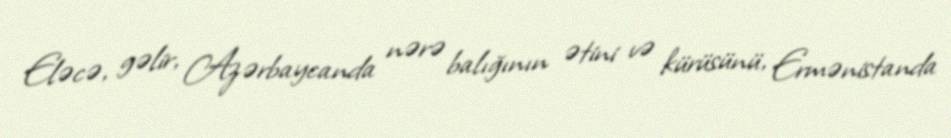
Eləcə, gəlir, Azərbaycanda nərə balığının ətini və kürüsünü, Ermənistanda